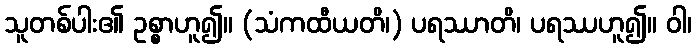
သူတစ်ပါး၏ ဥစ္စာဟူ၍။ (သံကထီယတိ၊) ပရဿာတိ၊ ပရဿဟူ၍။ ဝါ၊